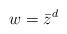
LaTeX: \begin{align*}w = \bar{z}^d\end{align*}